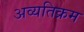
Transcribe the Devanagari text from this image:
अव्यतिक्रम